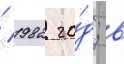
/ 1982 го́д; в